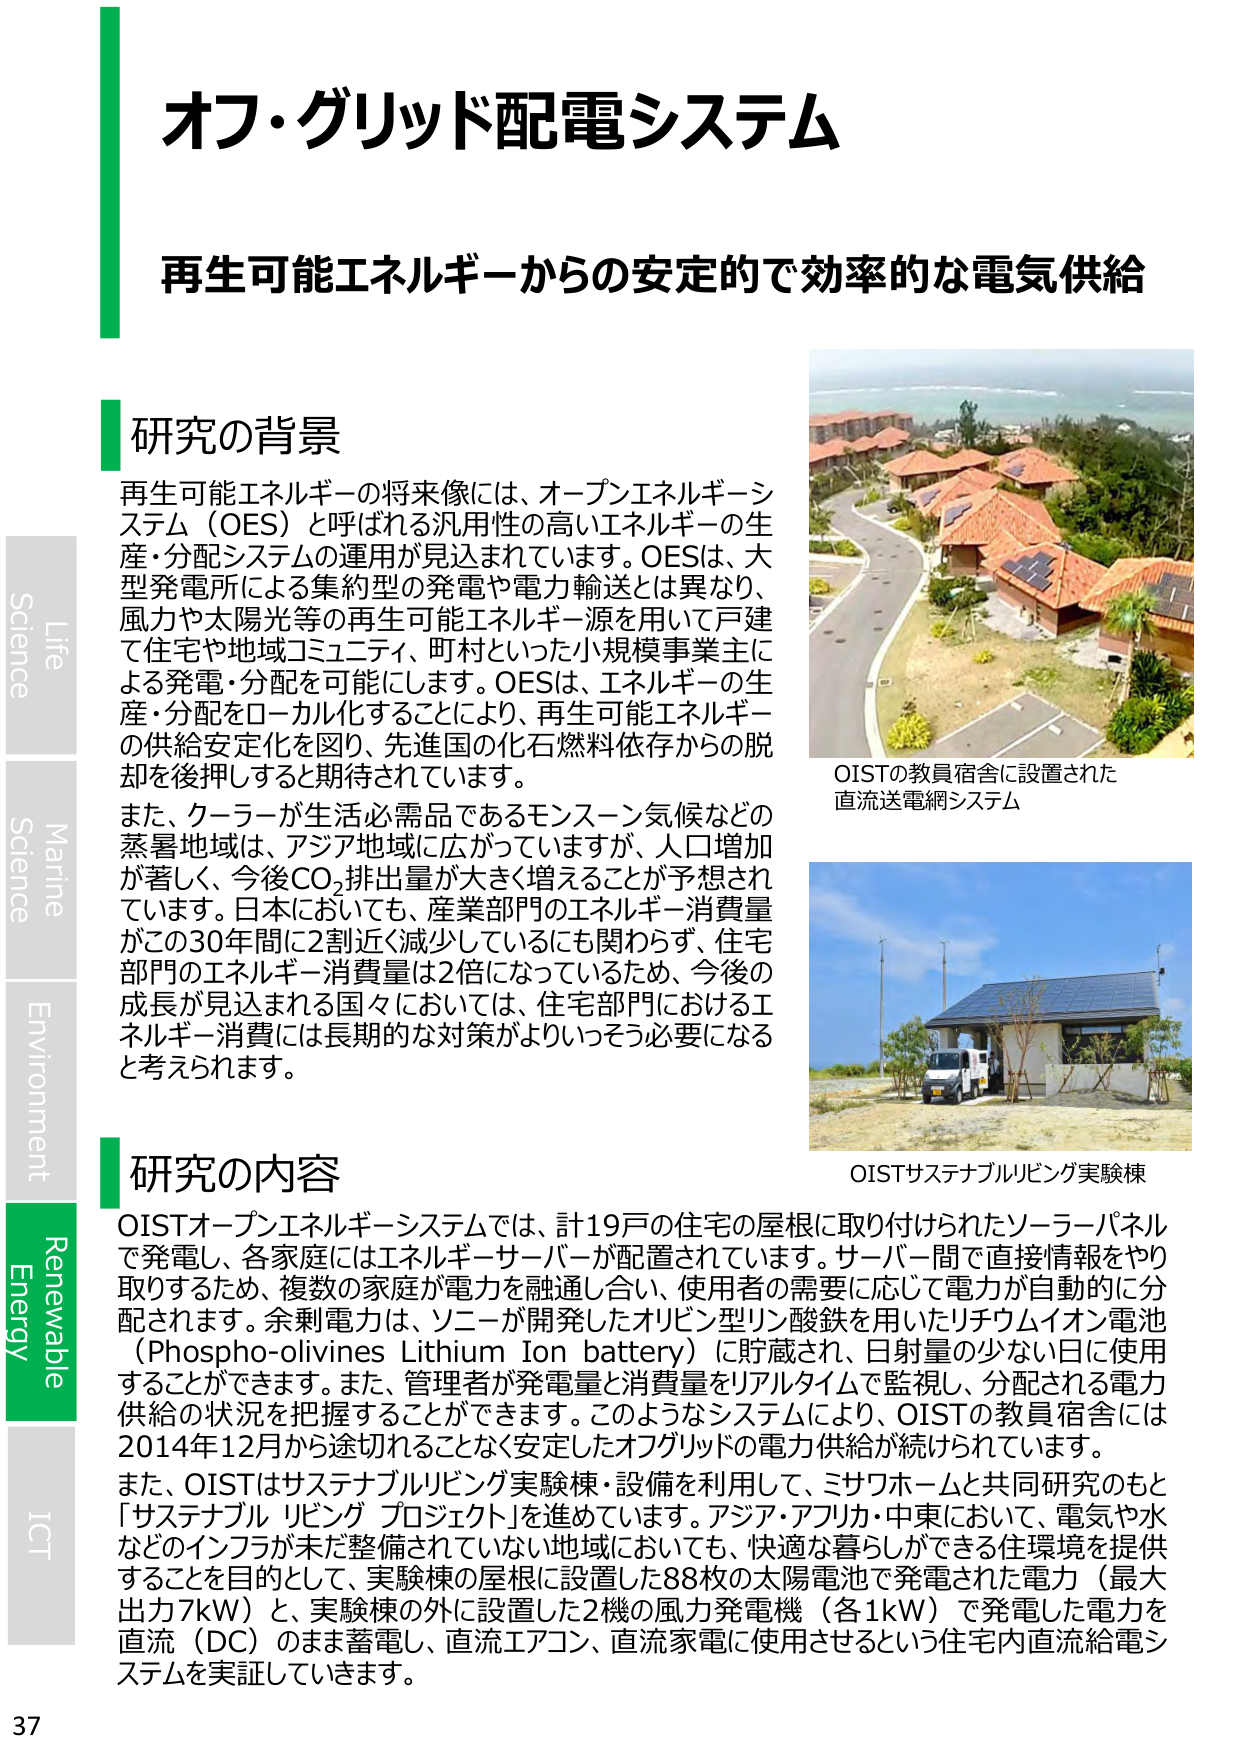
オフ・グリッド配電システム
再生可能エネルギーからの安定的で効率的な電気供給

研究の背景
再生可能エネルギーの将来像には、オープンエネルギーシステム（OES）と呼ばれる汎用性の高いエネルギーの生産・分配システムの運用が見込まれています。OESは、大型発電所による集約型の発電や電力輸送とは異なり、風力や太陽光等の再生可能エネルギー源を用いて戸建て住宅や地域コミュニティ、町村といった小規模事業主による発電・分配を可能にします。OESは、エネルギーの生産・分配をローカル化することにより、再生可能エネルギーの供給安定化を図り、先進国の化石燃料依存からの脱却を後押しすると期待されています。
また、クーラーが生活必需品であるモンスーン気候などの蒸暑地域は、アジア地域に広がっていますが、人口増加が著しく、今後CO₂排出量が大きく増えることが予想されています。日本においても、産業部門のエネルギー消費量がこの30年間に2割近く減少しているにも関わらず、住宅部門のエネルギー消費量は2倍になっているため、今後の成長が見込まれる国々においては、住宅部門におけるエネルギー消費には長期的な対策がよりいっそう必要になると考えられます。

OISTの教員宿舎に設置された
直流送電網システム

研究の内容
OISTオープンエネルギーシステムでは、計19戸の住宅の屋根に取り付けられたソーラーパネルで発電し、各家庭にはエネルギーサーバーが配置されています。サーバー間で直接情報をやり取りするため、複数の家庭が電力を融通し合い、使用者の需要に応じて電力が自動的に分配されます。余剰電力は、ソニーが開発したオリビン型リン酸鉄を用いたリチウムイオン電池（Phospho-olivines Lithium Ion battery）に貯蔵され、日射量の少ない日に使用することができます。また、管理者が発電量と消費量をリアルタイムで監視し、分配される電力供給の状況を把握することができます。このようなシステムにより、OISTの教員宿舎には2014年12月から途切れることがなく安定したオフグリッドの電力供給が続けられています。
また、OISTはサステナブルビング実験棟・設備を利用して、ミサワホームと共同研究のもと「サステナブル リビング プロジェクト」を進めています。アジア・アフリカ・中東において、電気や水などのインフラが未だ整備されていない地域においても、快適な暮らしができる住環境を提供することを目的として、実験棟の屋根に設置した88枚の太陽電池で発電された電力（最大出力7kW）と、実験棟の外に設置した2機の風力発電機（各1kW）で発電した電力を直流（DC）のまま蓄電し、直流エアコン、直流家電に使用させるという住宅内直流給電システムを実証していきます。

OISTサステナブルビング実験棟

Life
Science
Marine
Science
Environment
Renewable
Energy
ICT

37